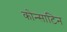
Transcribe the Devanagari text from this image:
कोन्साटिन